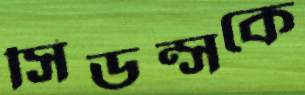
সিডন্সকে